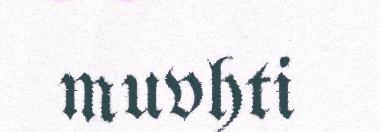
muvhti